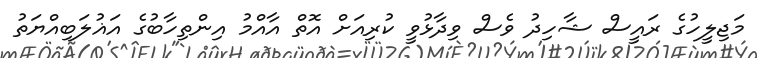
މަޖިލީހުގެ ރައީސް ޝާހިދު ވެސް ވިދާޅުވީ ކުރިއަށް އޮތް އާއްމު އިންތިހާބުގެ އަޣުލަބިއްޔަތު